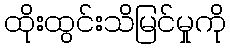
ထိုးထွင်းသိမြင်မှုကို